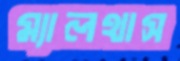
ম্যালথাস